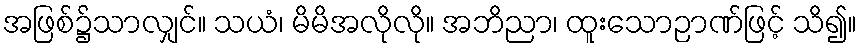
အဖြစ်၌သာလျှင်။ သယံ၊ မိမိအလိုလို။ အဘိညာ၊ ထူးသောဉာဏ်ဖြင့် သိ၍။